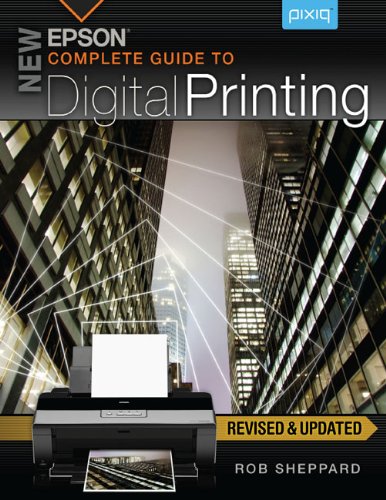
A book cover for New Epson Complete Guide to Digital Printing; Rob Sheppard; Computers & Technology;